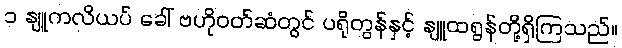
၁ နျူကလိယပ် ခေါ် ဗဟိုဝတ်ဆံတွင် ပရိုတွန်နှင့် နျူထရွန်တို့ရှိကြသည်။